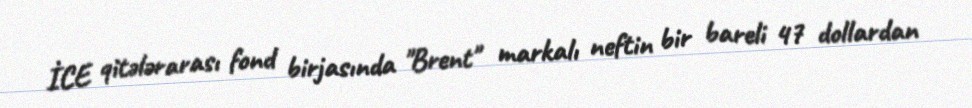
İCE qitələrarası fond birjasında "Brent" markalı neftin bir bareli 47 dollardan